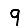
Digit: 9